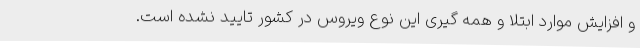
و افزایش موارد ابتلا و همه گیری این نوع ویروس در کشور تایید نشده است.